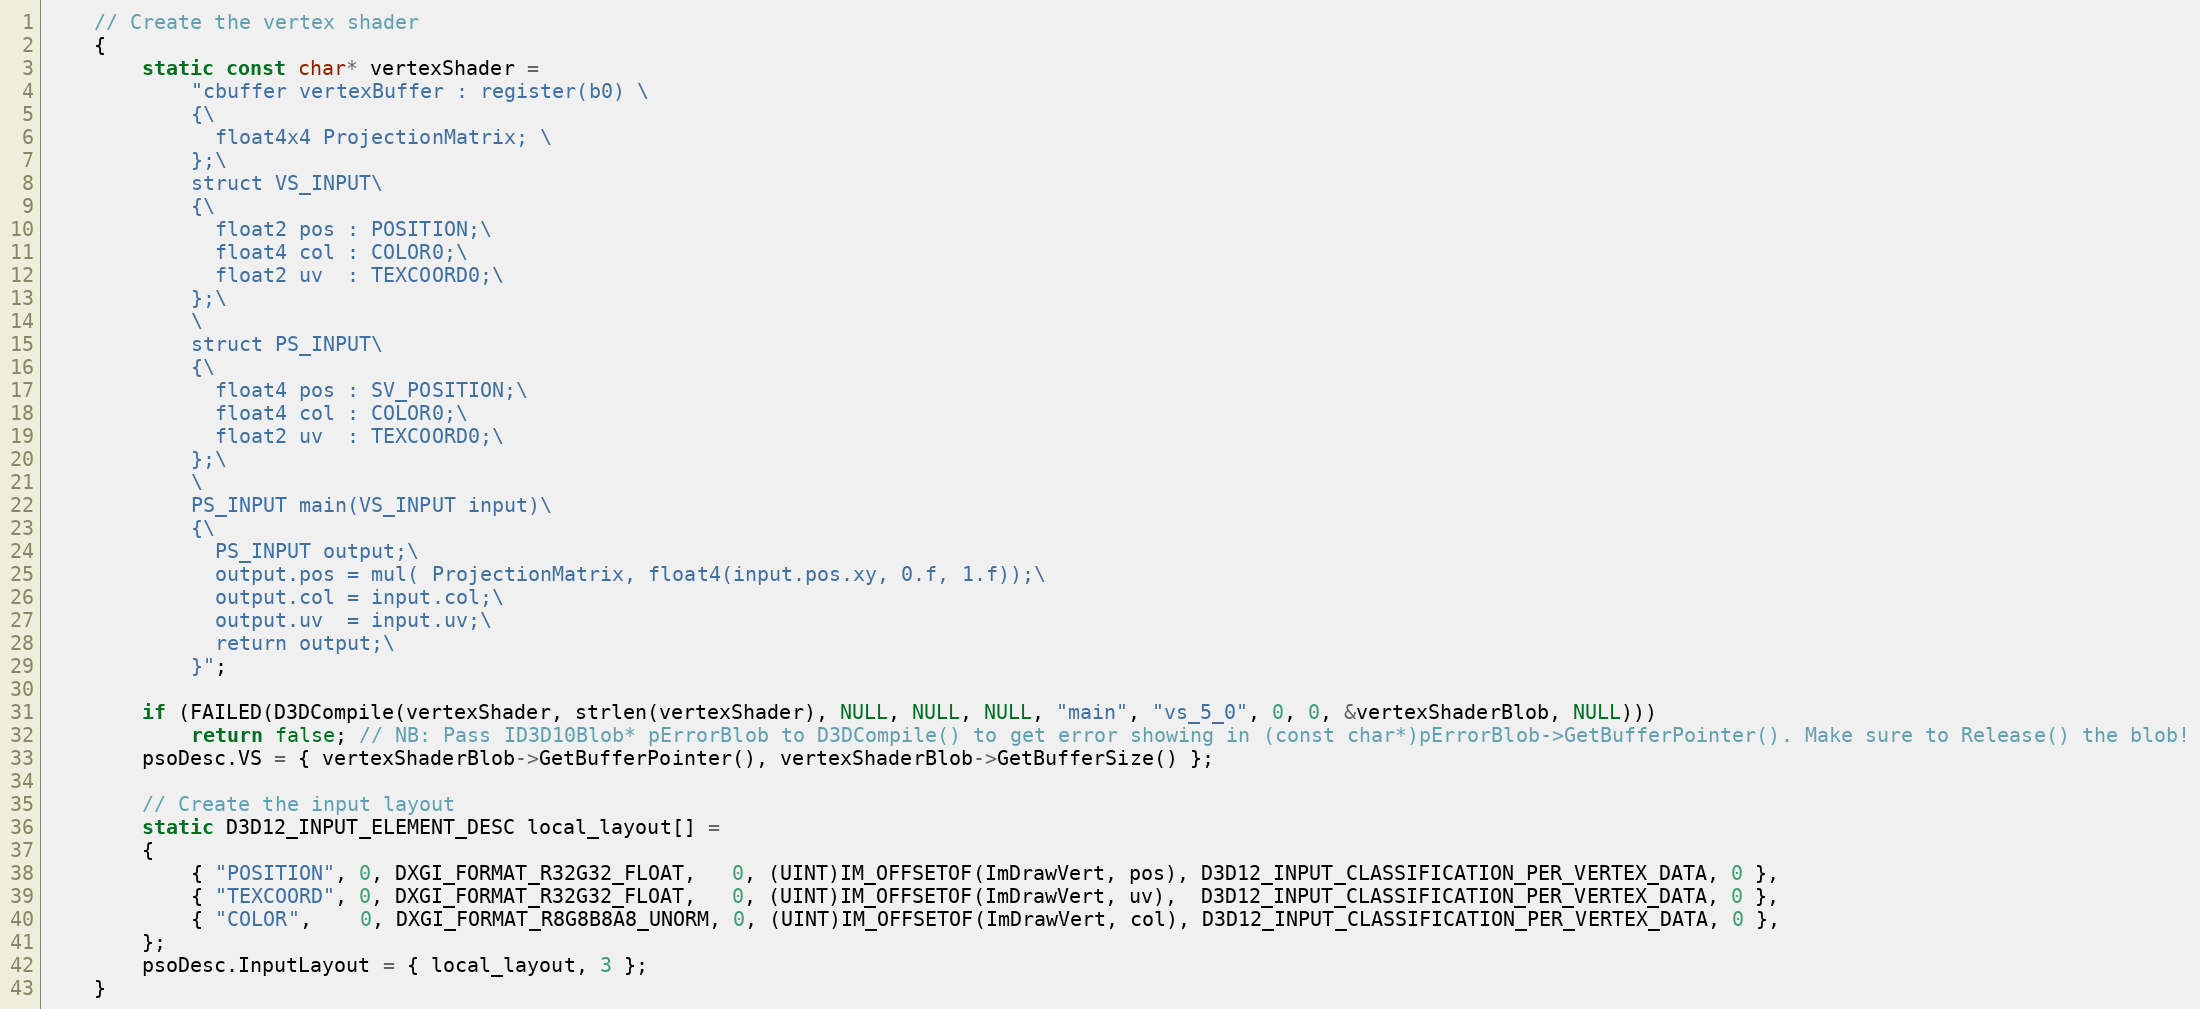
Language: C++
    // Create the vertex shader
    {
        static const char* vertexShader =
            "cbuffer vertexBuffer : register(b0) \
            {\
              float4x4 ProjectionMatrix; \
            };\
            struct VS_INPUT\
            {\
              float2 pos : POSITION;\
              float4 col : COLOR0;\
              float2 uv  : TEXCOORD0;\
            };\
            \
            struct PS_INPUT\
            {\
              float4 pos : SV_POSITION;\
              float4 col : COLOR0;\
              float2 uv  : TEXCOORD0;\
            };\
            \
            PS_INPUT main(VS_INPUT input)\
            {\
              PS_INPUT output;\
              output.pos = mul( ProjectionMatrix, float4(input.pos.xy, 0.f, 1.f));\
              output.col = input.col;\
              output.uv  = input.uv;\
              return output;\
            }";

        if (FAILED(D3DCompile(vertexShader, strlen(vertexShader), NULL, NULL, NULL, "main", "vs_5_0", 0, 0, &vertexShaderBlob, NULL)))
            return false; // NB: Pass ID3D10Blob* pErrorBlob to D3DCompile() to get error showing in (const char*)pErrorBlob->GetBufferPointer(). Make sure to Release() the blob!
        psoDesc.VS = { vertexShaderBlob->GetBufferPointer(), vertexShaderBlob->GetBufferSize() };

        // Create the input layout
        static D3D12_INPUT_ELEMENT_DESC local_layout[] =
        {
            { "POSITION", 0, DXGI_FORMAT_R32G32_FLOAT,   0, (UINT)IM_OFFSETOF(ImDrawVert, pos), D3D12_INPUT_CLASSIFICATION_PER_VERTEX_DATA, 0 },
            { "TEXCOORD", 0, DXGI_FORMAT_R32G32_FLOAT,   0, (UINT)IM_OFFSETOF(ImDrawVert, uv),  D3D12_INPUT_CLASSIFICATION_PER_VERTEX_DATA, 0 },
            { "COLOR",    0, DXGI_FORMAT_R8G8B8A8_UNORM, 0, (UINT)IM_OFFSETOF(ImDrawVert, col), D3D12_INPUT_CLASSIFICATION_PER_VERTEX_DATA, 0 },
        };
        psoDesc.InputLayout = { local_layout, 3 };
    }